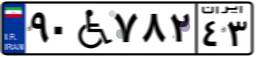
۹۰W۷۸۲۴۳